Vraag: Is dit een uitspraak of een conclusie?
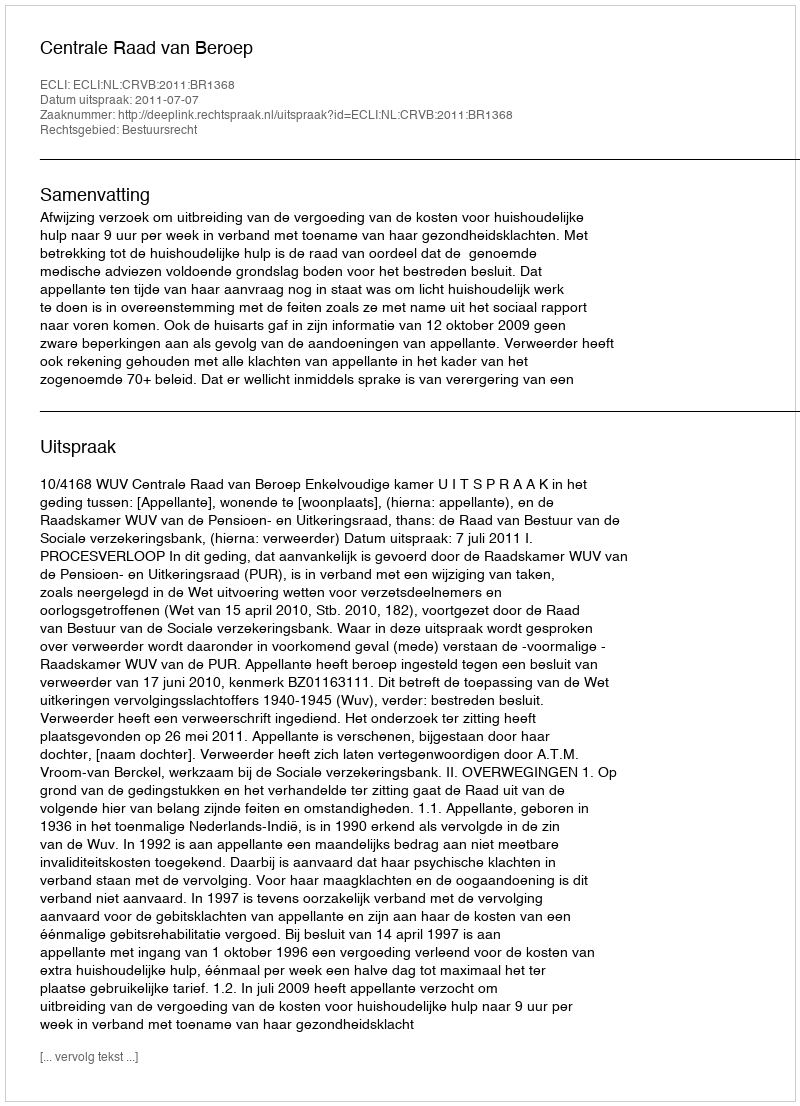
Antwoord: Uitspraak